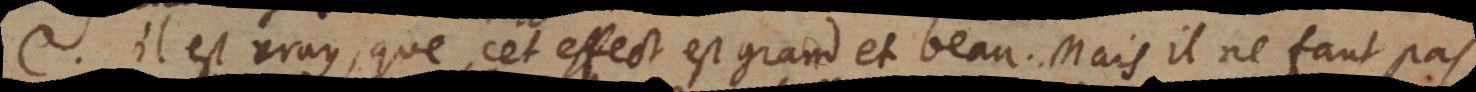
C. Il est vray, que cet effect est grand et beau. Mais il ne faut pas